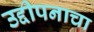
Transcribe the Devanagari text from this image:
उद्दीपनाचा